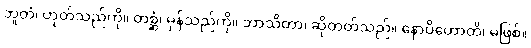
ဘူတံ၊ ဟုတ်သည်ကို။ တစ္ဆံ၊ မှန်သည်ကို။ ဘာသိတာ၊ ဆိုတတ်သည်။ နောပိဟောတိ၊ မဖြစ်။